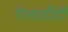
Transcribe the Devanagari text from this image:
ऍलसीडी